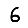
Digit: 6